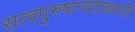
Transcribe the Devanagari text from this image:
सत्वपुरुषान्यताख्याति